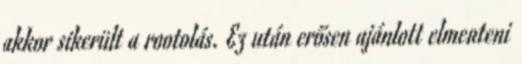
akkor sikerült a rootolás. Ez után erősen ajánlott elmenteni